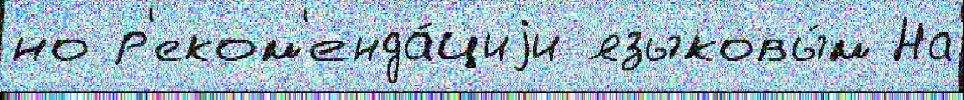
но р'еком'енда́циjи языковы́м На